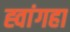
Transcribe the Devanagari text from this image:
ह्वांगहा